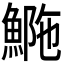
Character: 𩷿